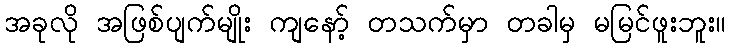
အခုလို အဖြစ်ပျက်မျိုး ကျနော့် တသက်မှာ တခါမှ မမြင်ဖူးဘူး။